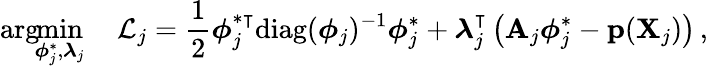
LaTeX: \arg\! \! \operatorname*{min}_{\boldsymbol{\phi}_{j}^{\ast},\boldsymbol{\lambda}_{j}}\quad\mathcal{L}_{j}=\frac{1}{2}\boldsymbol{\phi}_{j}^{\ast\intercal}\mathrm{diag}(\boldsymbol{\phi}_{j})^{-1}\boldsymbol{\phi}_{j}^{\ast}+\boldsymbol{\lambda}_{j}^{\intercal}\left(\mathbf{A}_{j}\boldsymbol{\phi}_{j}^{\ast}-\mathbf{p}(\mathbf{X}_{j})\right)\, ,